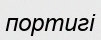
портигі